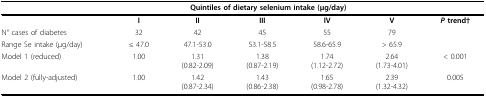
<table><thead><tr><td></td><td colspan="5"><b>Quintiles of dietary selenium intake (μg/day)</b></td><td></td></tr></thead><tbody><tr><td></td><td><b>I</b></td><td><b>II</b></td><td><b>III</b></td><td><b>IV</b></td><td><b>V</b></td><td><b><i>P </i>trend</b>†</td></tr><tr><td>N° cases of diabetes</td><td>32</td><td>42</td><td>45</td><td>55</td><td>79</td><td></td></tr><tr><td>Range Se intake (μg/day)</td><td>≤ 47.0</td><td>47.1-53.0</td><td>53.1-58.5</td><td>58.6-65.9</td><td>&gt; 65.9</td><td></td></tr><tr><td>Model 1 (reduced)</td><td>1.00</td><td>1.31(0.82-2.09)</td><td>1.38(0.87-2.19)</td><td>1.74(1.12-2.72)</td><td>2.64(1.73-4.01)</td><td>&lt; 0.001</td></tr><tr><td>Model 2 (fully-adjusted)</td><td>1.00</td><td>1.42(0.87-2.34)</td><td>1.43(0.86-2.38)</td><td>1.65(0.98-2.78)</td><td>2.39(1.32-4.32)</td><td>0.005</td></tr></tbody></table>